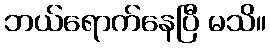
ဘယ်ရောက်နေပြီ မသိ။